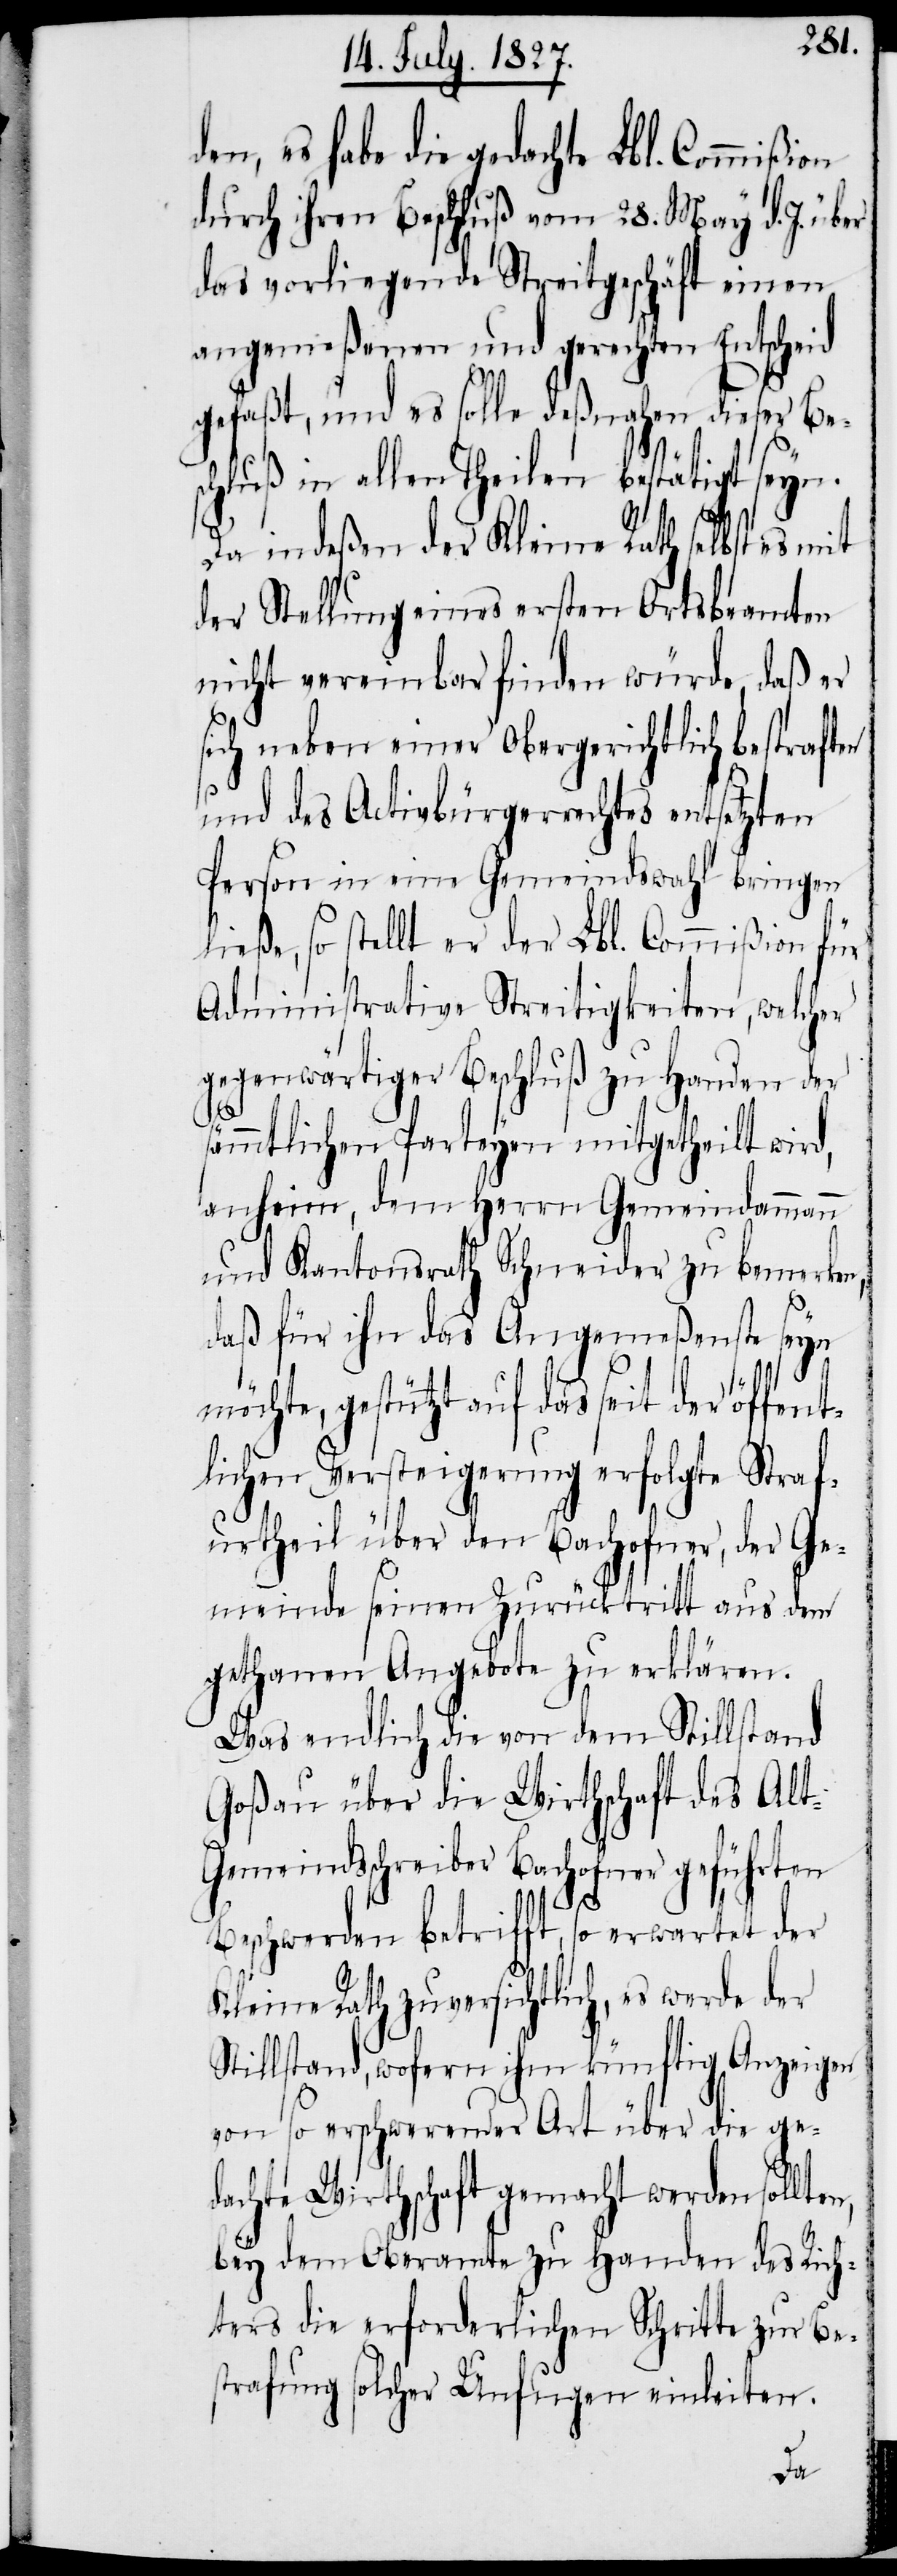
en,
den, es habe die gedachte Lbl. Commißion
durch ihren Beschluß vom 28. May d. J. über
das vorliegende Streitgeschäft einen
angemeßenen und gerechten Entscheid
gefaßt, und es solle deßnahen dieser Bes¬
chluß in allen Theilen bestätigt seyn.
Da indeßen der Kleine Rath selbst es
der Stellung eines ersten Ortsbeamten
nicht vereinbar finden würde, daß er
sich neben einer Obergerichtlich bestraften
und des Activbürgerrechtes entsetzten
Person in eine Gemeindswahl bringen
ließe, so stellt er der Lbl. Commißion für
Administrative Streitigkeiten, welcher
gegenwärtiger Beschluß zu Handen der
sämmtlichen Parteyen mitgetheilt wird,
anheim, dem Herrn Gemeindammann
und Kantonsrath Schneider zu bemerken,
daß für ihn das Angemeßenste seyn
möchte, gestützt auf das seit der öffent¬
lichen Versteigerung erfolgte Straf¬
urtheil über den Bachofner, der Ge¬
meinde seinen Zurücktritt aus dem
gethanen Angebote zu erklären.
Was endliche die von dem Stillstand
Goßau über die Wirthschaft des Al¬
t-Gemeindsschreiber Bachofner geführten
Beschwerden betrifft, so erwartet der
Kleine Rath zuversichtlich, es werde der
Stillstand, wofern ihm künftig Anzeigen
von so erschwerender Art über die ge¬
dachte Wirthschaft gemacht werden sollt¬
bey dem Oberamte zu Handen des Rich¬
ters die erforderlichen Schritte zur Be¬
strafung solcher Unfugen einleiten.